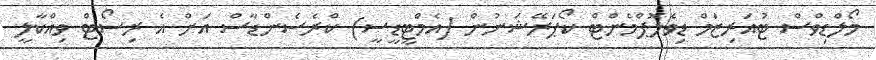
މޯލްޑިވްސް ޓުއަރިޒަމް ޑިވެލޮޕްމެންޓް ކޯޕަރޭޝަނުން (އެމްޓީޑީސީ) ކްރެސެންޑާސް އަށް އެ ރިސޯޓް ވިއްކާލީ